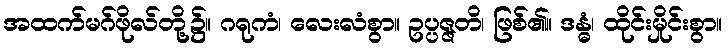
အထက်မဂ်ဖိုလ်တို့၌။ ဂရုကံ၊ လေးလံစွာ။ ဥပ္ပဇ္ဇတိ၊ ဖြစ်၏။ ဒန္ဓံ၊ ထိုင်းမှိုင်းစွာ။